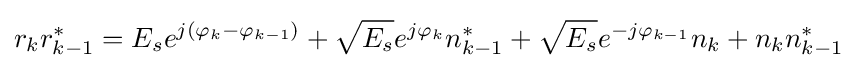
r_{k}r_{k-1}^{*}=E_{s}e^{j\left(\varphi _{k}-\varphi _{k-1}\right)}+{\sqrt {E_{s}}}e^{j\varphi _{k}}n_{k-1}^{*}+{\sqrt {E_{s}}}e^{-j\varphi _{k-1}}n_{k}+n_{k}n_{k-1}^{*}